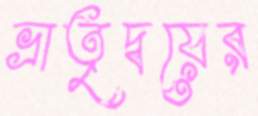
ভ্রাতৃদ্বয়ের